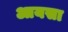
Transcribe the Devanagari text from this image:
आयसा